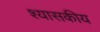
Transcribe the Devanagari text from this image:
श्यासकीय